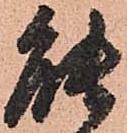
能